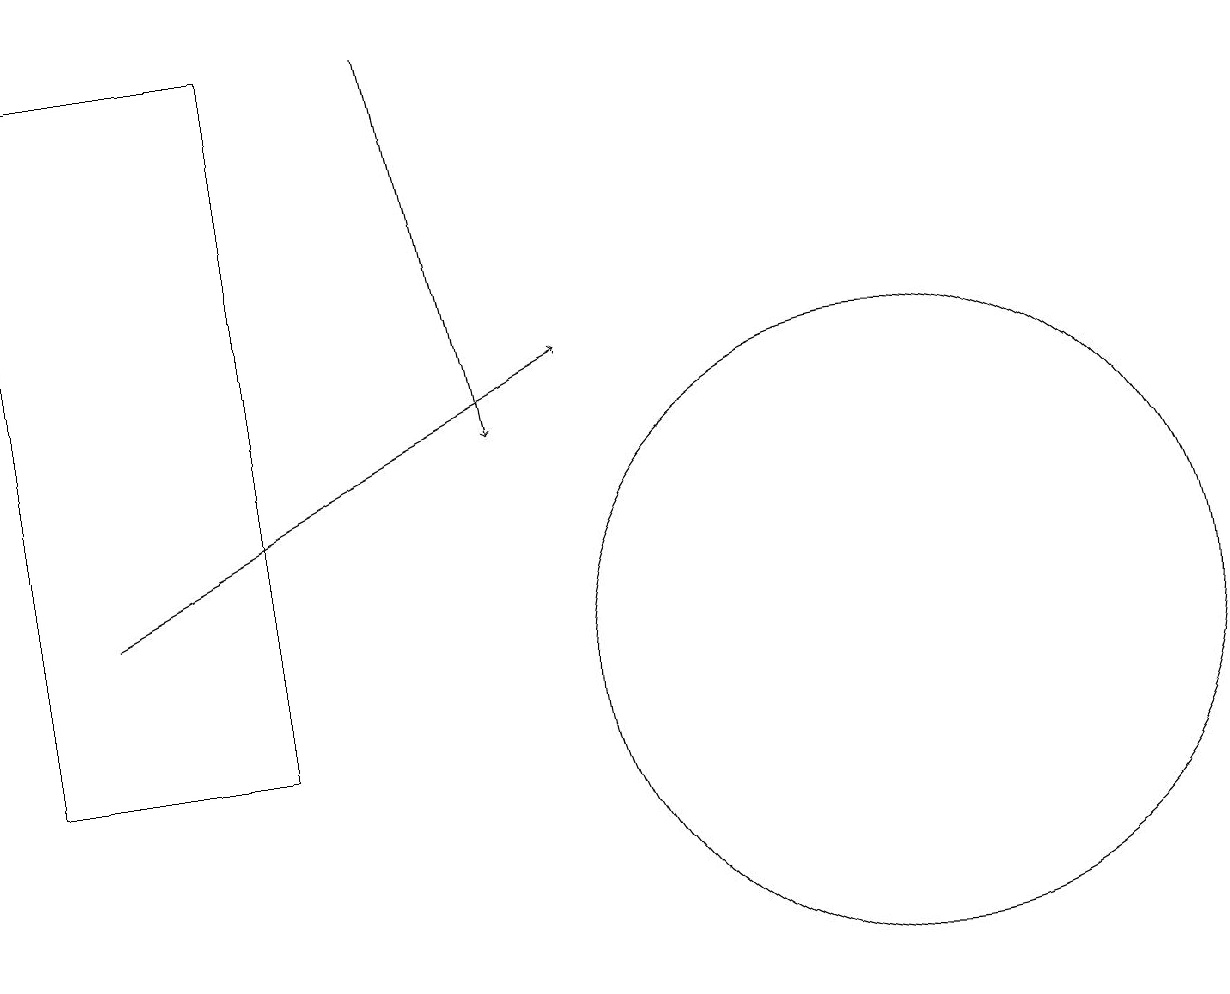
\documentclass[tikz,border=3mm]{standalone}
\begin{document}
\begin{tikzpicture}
\draw[->] (2,12) -- (8,15);
\draw (12,11) circle (4);
\draw (1,10) rectangle (4,19);
\draw[->] (6,19) -- (7,14);
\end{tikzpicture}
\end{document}